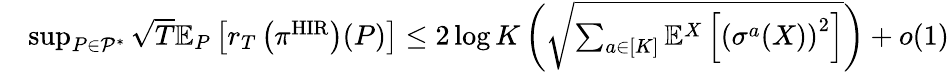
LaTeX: \begin{array}{rl}&{\operatorname*{sup}_{P\in\mathcal{P}^{*}}\sqrt{T}\mathbb{E}_{P}\left[r_{T}\left(\pi^{\mathrm{HIR}}\right)(P)\right]\leq 2\log K\left(\sqrt{\sum_{a\in[K]}\mathbb{E}^{X}\left[\left(\sigma^{a}(X)\right)^{2}\right]}\right)+o(1)}\end{array}